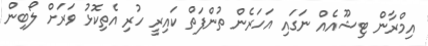
އިމްރާން ޓިޝޫއެއް ނަގައި އަހަރެން ތުންފަތް ކައިރީ ހުރި އެތިކޮޅު ވަރަށް ލޯބިން